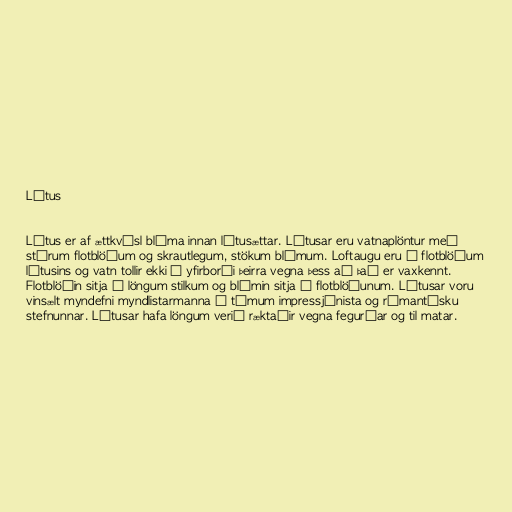
Lótus

Lótus er af ættkvísl blóma innan lótusættar. Lótusar eru vatnaplöntur með
stórum flotblöðum og skrautlegum, stökum blómum. Loftaugu eru á flotblöðum
lótusins og vatn tollir ekki á yfirborði þeirra vegna þess að það er vaxkennt.
Flotblöðin sitja á löngum stilkum og blómin sitja á flotblöðunum. Lótusar voru
vinsælt myndefni myndlistarmanna á tímum impressjónista og rómantísku
stefnunnar. Lótusar hafa löngum verið ræktaðir vegna fegurðar og til matar.